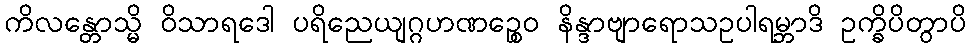
ကိလန္တောသ္မိ ဝိသာရဒေါ ပရိညေယျဂ္ဂဟဏဉ္စေဝ နိန္ဒာဗျာရောသဥပါရမ္ဘာဒိ ဥက္ခိပိတွာပိ